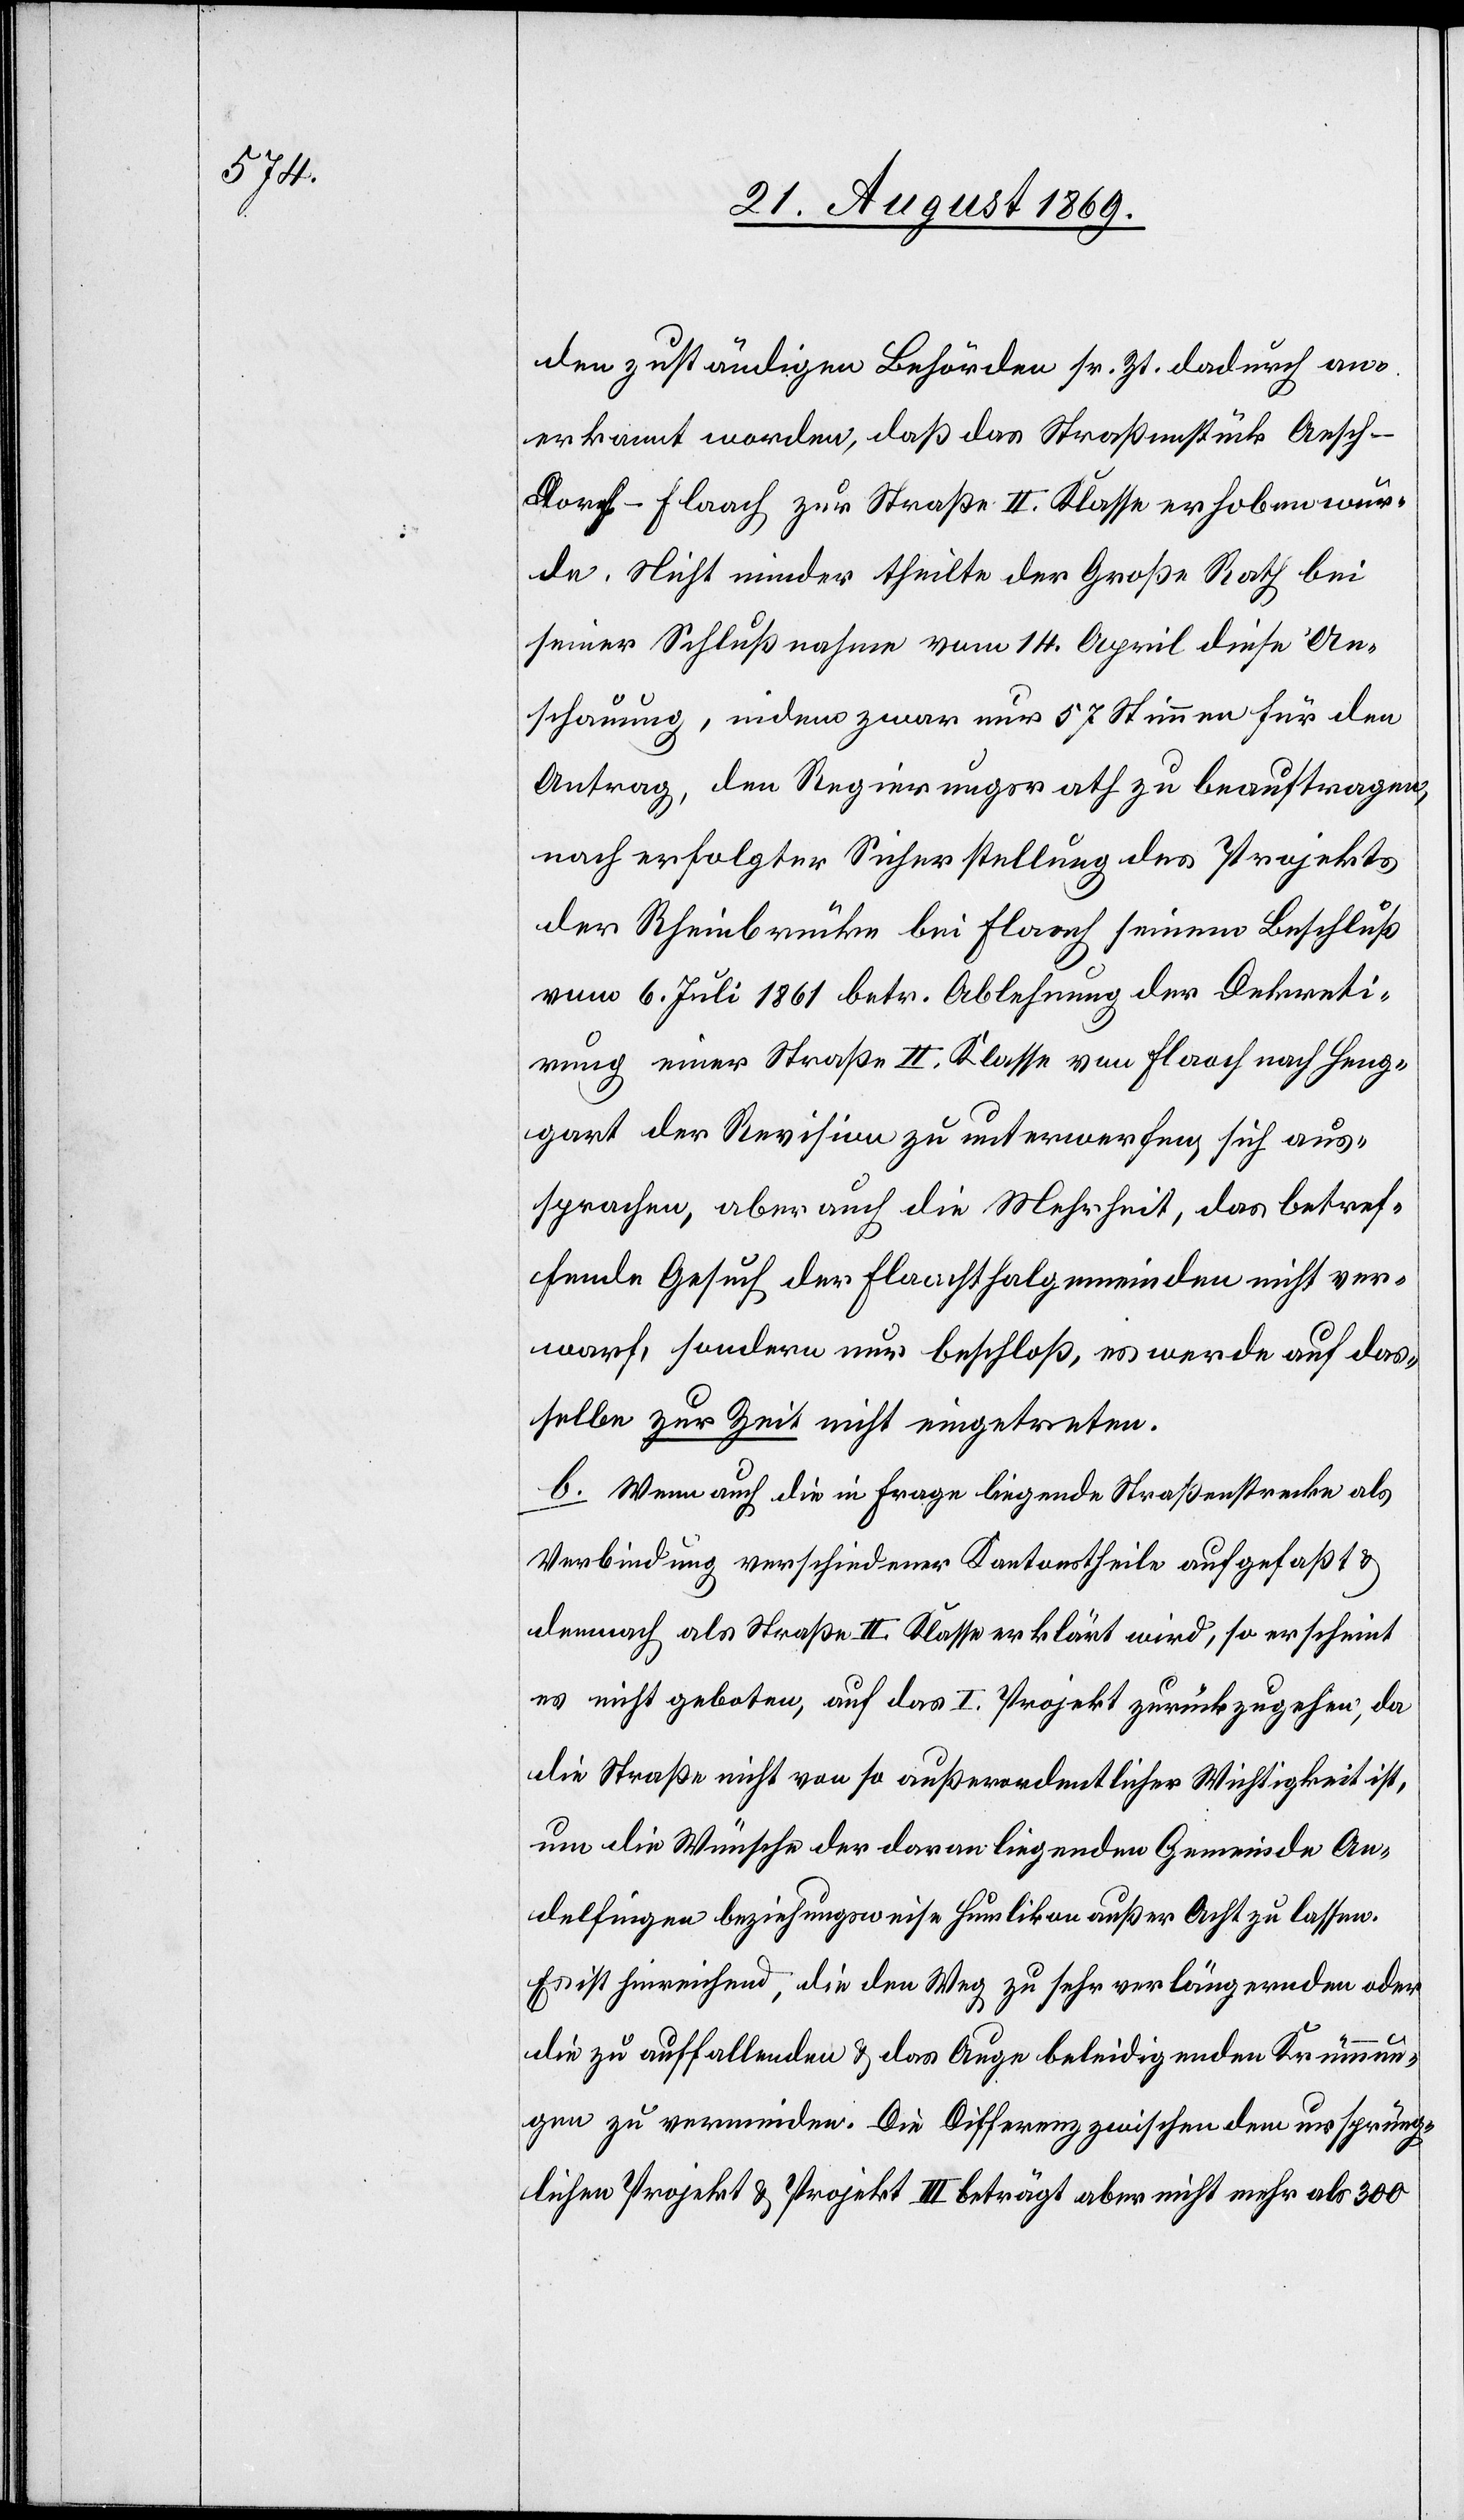
den zuständigen Behörden sr. Zt. dadurch an¬
erkannt worden, daß das Straßenstück Aesch–D¬
orf–Flaach zur Straße II. Klasse erhoben wur¬
de. Nicht minder theilte der Große Rath bei
seiner Schlußnahme vom 14. April diese An¬
schauung, indem zwar nur 57 Stimmen für den
Antrag, den Regierungsrath zu beauftragen,
nach erfolgter Sicherstellung des Projekts
der Rheinbrücke bei Flaach seinem [sic!] Beschluß
vom 6. Juli 1861 betr. Ablehnung der Dekreti¬
rung einer Straße II. Klasse von Flaach nach Heng¬
gart der Revision zu unterwerfen, sich aus¬
sprachen, aber auch die Mehrheit, das betref¬
fende Gesuch der Flaachthalgemeinden nicht ver¬
warf, sondern nur beschloß, es werde auf das¬
selbe zur Zeit nicht eingetreten.
b. Wenn auch die in Frage liegende Straßenstrecke als
Verbindung verschiedener Kantonstheile aufgefaßt &
demnach als Straße II. Klasse erklärt wird, so erscheint
es nicht geboten, auf das I. Projekt zurückzugehen, da
die Straße nicht von so außerordentlicher Wichtigkeit ist,
um die Wünsche der daran liegenden Gemeinde An¬
delfingen beziehungsweise Humlikon außer Acht zu lassen.
Es ist hinreichend, die den Weg zu sehr verlängernden oder
die zu auffallenden & das Auge beleidigenden Krümmun¬
gen zu vermeiden. Die Differenz zwischen dem ursprüng¬
lichen Projekt & Projekt III beträgt aber nicht mehr als 300